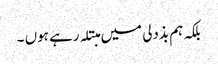
بلکہ ہم بذدلی میں مبتلہ رہے ہوں ۔